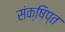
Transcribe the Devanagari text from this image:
संक्षिप्‍त